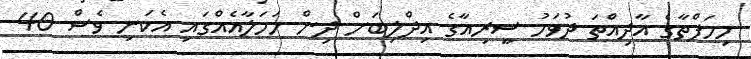
މިހަފްތާގެ އާދިއްތަ ދުވަހު ސީރިއާގެ އިދްލިބަށް ދިން ހަމަލާއެއްގައި އެކަނި ވެސް 40